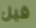
قيل